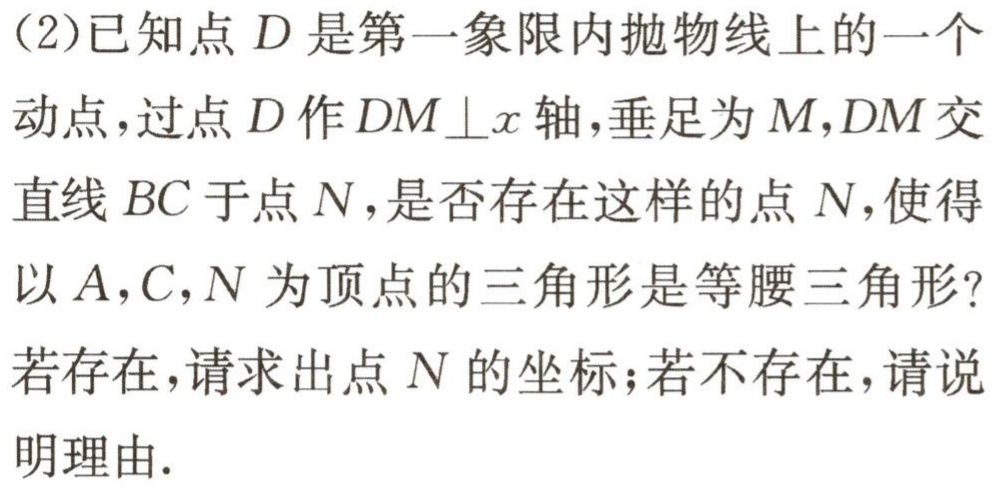
(2)已知点\(D\)是第一象限内抛物线上的一个动点，过点\(D\)作\(DM\perp x\)轴，垂足为\(M\)，\(DM\)交直线\(BC\)于点\(N\)，是否存在这样的点\(N\)，使得以\(A,C,N\)为顶点的三角形是等腰三角形？若存在，请求出点\(N\)的坐标；若不存在，请说明理由.